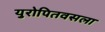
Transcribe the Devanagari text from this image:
युरोपितवसला